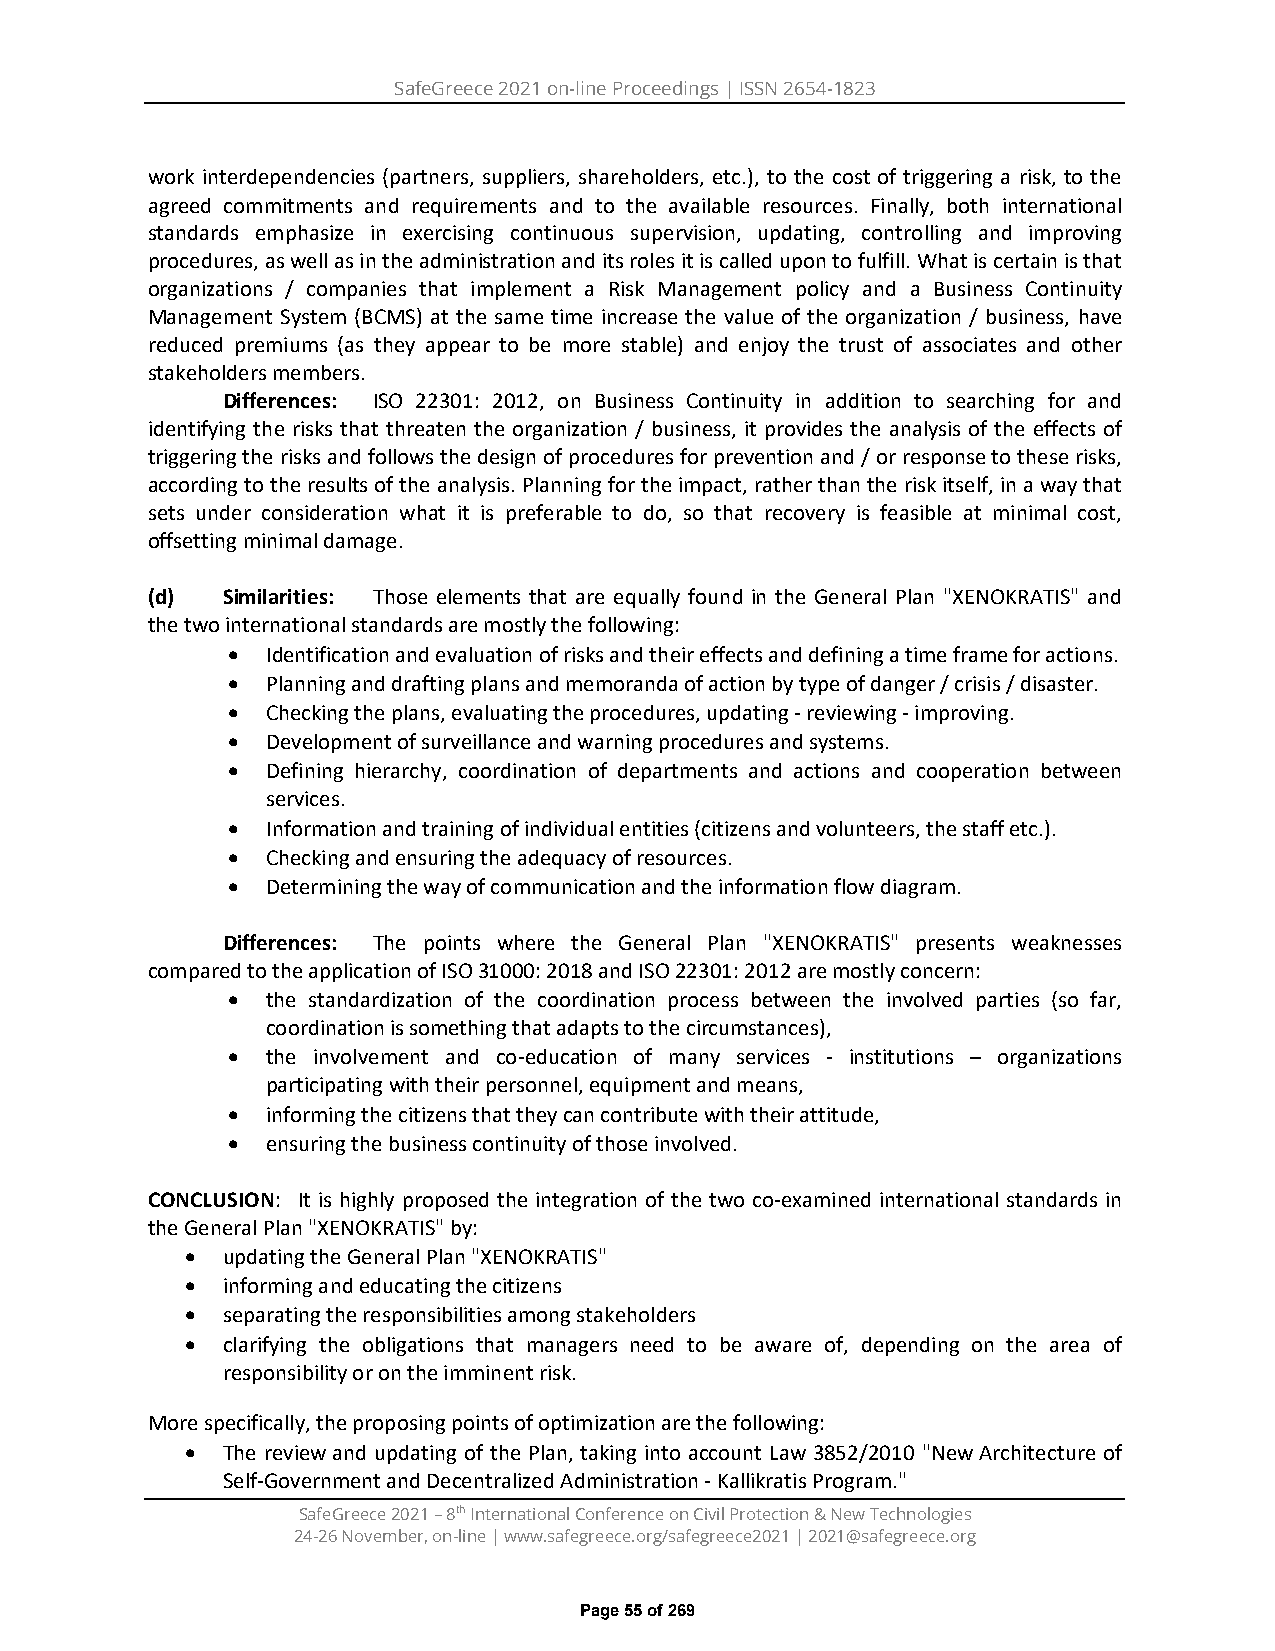
SafeGreece 2021 on-line Proceedings | ISSN 2654-1823
 work interdependencies (partners, suppliers, shareholders, etc.), to the cost of triggering a risk, to the
 agreed commitments and requirements and to the available resources. Finally, both international
 standards emphasize in exercising continuous supervision, updating, controlling and improving
 procedures, as well as in the administration and its roles it is called upon to fulfill. What is certain is that
 organizations / companies that implement a Risk Management policy and a Business Continuity
 Management System (BCMS) at the same time increase the value of the organization / business, have
 reduced premiums (as they appear to be more stable) and enjoy the trust of associates and other
 stakeholders members.
 Differences: ISO 22301: 2012, on Business Continuity in addition to searching for and
 identifying the risks that threaten the organization / business, it provides the analysis of the effects of
 triggering the risks and follows the design of procedures for prevention and / or response to these risks,
 according to the results of the analysis. Planning for the impact, rather than the risk itself, in a way that
 sets under consideration what it is preferable to do, so that recovery is feasible at minimal cost,
 offsetting minimal damage.
 (d)  Similarities: Those elements that are equally found in the General Plan "XENOKRATIS" and
 the two international standards are mostly the following:
 •  Identification and evaluation of risks and their effects and defining a time frame for actions.
 •  Planning and drafting plans and memoranda of action by type of danger / crisis / disaster.
 •  Checking the plans, evaluating the procedures, updating - reviewing - improving.
 •  Development of surveillance and warning procedures and systems.
 •  Defining hierarchy, coordination of departments and actions and cooperation between
 services.
 •  Information and training of individual entities (citizens and volunteers, the staff etc.).
 •  Checking and ensuring the adequacy of resources.
 •  Determining the way of communication and the information flow diagram.
 Differences: The points where the General Plan "XENOKRATIS" presents weaknesses
 compared to the application of ISO 31000: 2018 and ISO 22301: 2012 are mostly concern:
 •  the standardization of the coordination process between the involved parties (so far,
 coordination is something that adapts to the circumstances),
 •  the involvement and co-education of many services - institutions – organizations
 participating with their personnel, equipment and means,
 •  informing the citizens that they can contribute with their attitude,
 •  ensuring the business continuity of those involved.
 CONCLUSION: It is highly proposed the integration of the two co-examined international standards in
 the General Plan "XENOKRATIS" by:
 •  updating the General Plan "XENOKRATIS"
 •  informing and educating the citizens
 •  separating the responsibilities among stakeholders
 •  clarifying the obligations that managers need to be aware of, depending on the area of
 responsibility or on the imminent risk.
 More specifically, the proposing points of optimization are the following:
 •  The review and updating of the Plan, taking into account Law 3852/2010 "New Architecture of
 Self-Government and Decentralized Administration - Kallikratis Program."
 SafeGreece 2021 – 8th International Conference on Civil Protection & New Technologies
 24-26 November, on-line | www.safegreece.org/safegreece2021 | 2021@safegreece.org
 Page 55 of 269